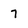
Character: 7